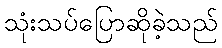
သုံးသပ်ပြောဆိုခဲ့သည်